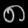
Digit: ၈